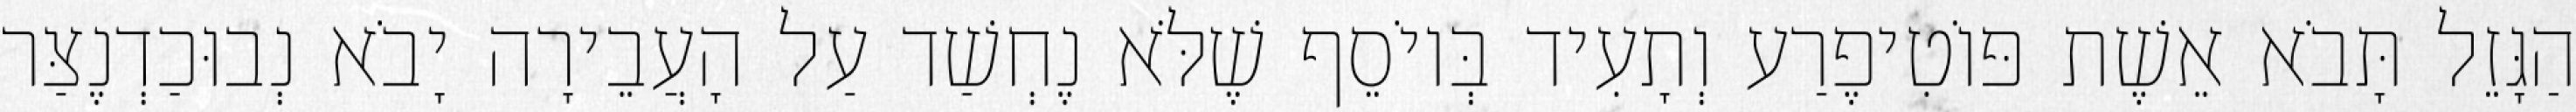
הַגָּזֵל תָּבֹא אֵשֶׁת פּוֹטִיפֶרַע וְתָעִיד בְּיוֹסֵף שֶׁלֹּא נֶחְשַׁד עַל הָעֲבֵירָה יָבֹא נְבוּכַדְנֶצַּר